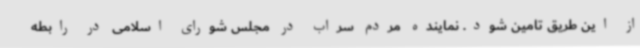
از این طریق تامین شود. نماینده مردم سراب در مجلس شورای اسلامی در رابطه